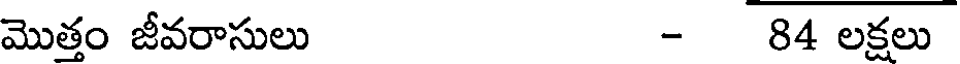
మొత్తం జీవరాసులు - 84 లక్షలు